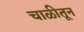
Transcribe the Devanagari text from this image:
चाळीतून